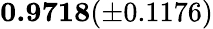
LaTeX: \mathbf{0.9718}(\pm 0.1176)